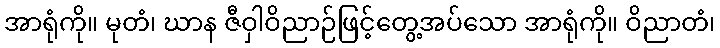
အာရုံကို။ မုတံ၊ ဃာန ဇီဝှါဝိညာဉ်ဖြင့်တွေ့အပ်သော အာရုံကို။ ဝိညာတံ၊